Report on vaccination in Madras 1877-1894 - 1877-1894
Year: 1877
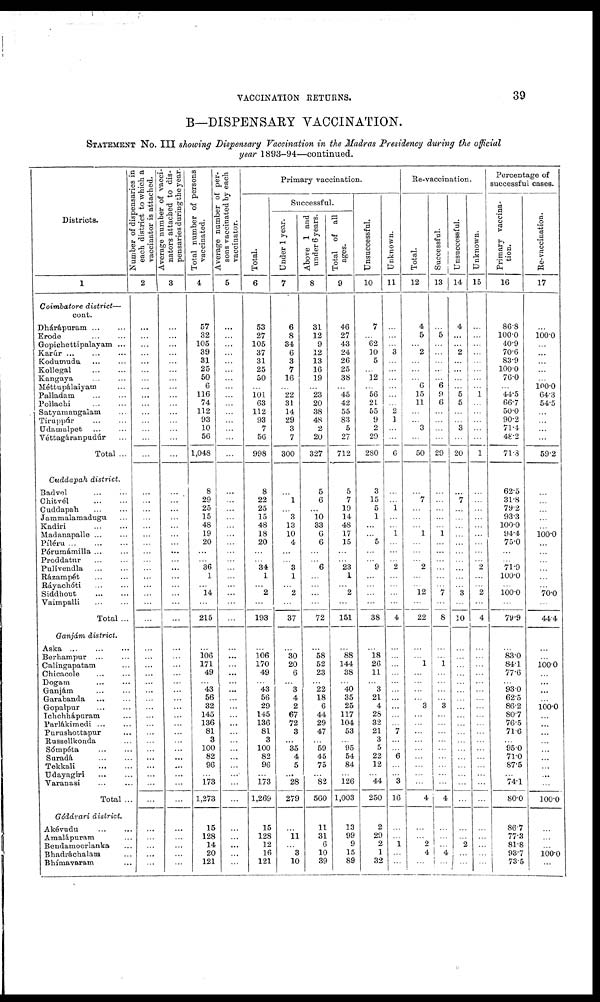
VACCINATION RETURNS.
39
B—DISPENSARY VACCINATION.
STATEMENT NO. III showing Dispensary Vaccination in the Madras Presidency during the official
year 1893-94—continued.
Districts.
1
Coimbatore district—
cont.
Dhárápuram ... ...
Erode
...
...
Gopichettipalayam ...
Karúr ... ... ...
Kodumudu
...
...
Kollegal
...
...
Kangaya ... ...
Méttupálaiyam ...
Palladam ... ...
Pollachi
...
...
Satyamangalam ...
Tiruppúr ... ...
Udamalpet ... ...
Véttagáranpudúr ...
Total ...
Cuddapah district.
Badvel ... ...
Chitvél
...
...
Cuddapah ... ...
Jammalamadugu ...
Kadiri ... ...
Madanapalle ... ...
Píléru
...
...
...
Pórumámilla ... ...
Proddatur ...
Pulivendla ... ...
Rázampét ... ...
Ráyachóti
Siddhout
...
...
Vaimpalli ... ...
Total ...
Ganjám district.
Aska
...
...
Berhampur ...
Calingapatam ...
Chicacole ... ...
Dogam ... ...
Ganjám ... ...
Garabanda
...
...
Gopalpur ... ...
Ichchhápuram ...
Parlákimedi ...
Purushottapur ...
Russellkonda ...
Sómpéta ... ...
Suradá
...
...
Tekkali
...
...
Udayagiri ... ...
Varanasi ... ...
Total ...
Gódávari district.
Akévudu
...
...
Amalápuram ...
Beudamoorlanka ...
Bhadráchalam
Bhímavaram ...
Number of dispensaries in
each district to which a
vaccinator is attached.
2
...
...
...
...
...
...
...
...
...
...
...
...
...
...
...
...
...
...
...
...
...
...
...
...
...
...
...
...
...
...
...
...
...
...
...
...
...
...
...
...
...
...
...
...
...
...
...
...
...
...
...
...
...
Average number of vacci¬
nators attached to dis-
pensaries during the year.
3
...
...
...
...
...
...
...
...
...
...
...
...
...
...
...
...
...
...
...
...
...
...
...
...
...
...
...
...
...
...
...
...
...
...
...
...
...
...
...
...
...
...
...
...
...
...
...
...
...
...
...
...
...
Total number of persons
vaccinated.
4
57
32
105
39
31
20
50
6
116
74
112
93
10
56
1,048
8
29
25
15
48
19
20
...
...
36
1
...
14
...
215
...
106
171
49
...
43
56
32
145
136
81
3
100
82
96
...
173
1,273
15
128
14
20
121
Average number of per-
sons vaccinated by each
vaccinator.
5
...
...
...
...
...
...
...
...
...
...
...
...
...
...
...
...
...
...
...
...
...
...
...
...
...
...
...
...
...
...
...
...
...
...
...
...
...
...
...
...
...
...
...
...
...
...
...
...
...
...
...
...
...
Primary vaccination.
Total.
6
53
27
105
37
31
25
50
...
101
63
112
93
7
56
998
8
22
25
15
48
18
20
...
...
34
1
...
2
...
193
...
106
170
49
...
43
56
29
145
136
81
3
100
82
96
...
173
1,269
15
128
12
16
121
Successful.
Under 1 year.
7
6
8
34
6
3
7
16
...
22
31
14
29
3
7
300
...
1
...
3
13
10
4
...
...
3
1
...
2
...
37
...
30
20
6
...
3
4
2
67
72
3
...
35
4
5
...
28
279
...
11
...
3
10
Above 1 and
under 6 years.
8
31
12
9
12
13
16
19
...
23
20
38
48
2
20
327
5
6
...
10
33
6
6
...
...
6
...
...
...
...
72
...
58
52
23
...
22
18
6
44
29
47
...
59
45
75
...
82
560
11
31
6
10
39
Total of all
ages.
9
46
27
43
24
26
25
38
...
45
42
55
83
5
27
712
5
7
19
14
48
17
15
...
...
23
1
...
2
...
151
...
88
144
38
...
40
35
25
117
104
53
...
95
54
84
...
126
1,003
13
99
9
15
89
Unsuccessful.
10
7
...
62
10
5
...
12
...
56
21
55
9
2
29
280
3
15
5
1
...
...
5
...
...
9
...
...
...
...
38
...
18
26
11
...
3
21
4
28
32
21
3
5
22
12
...
44
250
2
29
2
1
32
Unknown.
11
...
...
...
3
...
...
...
...
...
...
2
1
...
...
6
...
...
1
...
...
1
...
...
...
2
...
...
...
...
4
...
...
...
...
...
...
...
...
...
...
7
...
...
6
...
...
3
16
...
...
1
...
...
Re-vaccination.
Total.
12
4
5
...
2
...
...
...
6
15
11
...
...
3
...
50
...
7
...
...
...
1
...
...
...
2
...
...
12
...
22
...
...
1
...
...
...
...
3
...
...
...
...
...
...
...
...
...
4
...
...
2
4
...
Successful.
13
...
5
...
...
...
...
...
6
9
6
...
...
...
...
29
...
...
...
...
...
1
...
...
...
...
...
...
7
...
8
...
...
1
...
...
...
...
3
...
...
...
...
...
...
...
...
...
4
...
...
...
4
...
Unsuccessful.
14
4
...
...
2
...
...
...
...
5
5
...
...
3
...
20
...
7
...
...
...
...
...
...
...
...
...
...
3
...
30
...
...
...
...
...
...
...
...
...
...
...
...
...
...
...
...
...
...
...
...
2
...
...
Unknown.
15
...
...
...
...
...
...
...
...
1
...
...
...
...
...
1
...
...
...
...
...
...
...
...
...
2
...
...
2
...
4
...
...
...
...
...
...
...
...
...
...
...
...
...
...
...
...
...
...
...
...
...
...
...
Percentage of
successful cases.
Primary vaccina-
tion.
16
86.8
100.0
40.9
70.6
83.9
100.0
76.0
...
44.5
66.7
50.0
90.2
71.4
48.2
71.3
62.5
31.8
79.2
93.3
100.0
94.4
75.0
...
...
71.9
100.0
...
100.0
...
79.9
...
83.0
84.1
77.6
...
93.0
62.5
86.2
80.7
76.5
71.6
...
95.0
71.0
87.5
...
74.1
80.0
86.7
77.3
81.8
93.7
73.5
Re-vaccination.
17
...
100.0
...
...
...
...
...
100.0
64.3
54.5
...
...
...
...
59.2
...
...
...
...
...
100.0
...
...
...
...
...
...
70.0
...
44.4
...
...
100.0
...
...
...
...
100.0
...
...
...
...
...
...
...
...
...
100.0
...
...
...
100.0
...